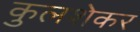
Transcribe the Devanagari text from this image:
कुलशेकर